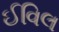
ઈવિલ